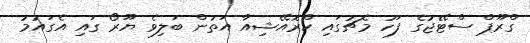
ގްރޫޕް ސްޓޭޖުގެ ފަހު މެޗުގައި ކްރޮއޭޝިއާ އަތުން ބަލިވެ ޔޫރޯ ގައި އެގައުމު